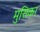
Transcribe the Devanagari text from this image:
मुसिका